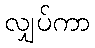
လျှပ်ကာ